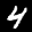
Label: 4